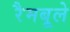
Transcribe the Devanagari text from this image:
रैमबूले